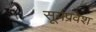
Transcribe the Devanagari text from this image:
सूर्यप्रवेश